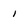
Character: i